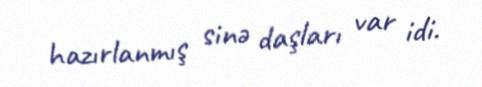
hazırlanmış sinə daşları var idi.